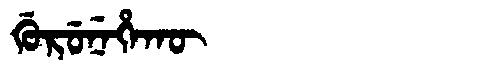
Manchu: ᡤᡠᡵᡠᠨᡝᡥᠠᡴᡡ
Romanization: GURUNEHAKŪ